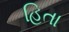
હિતા